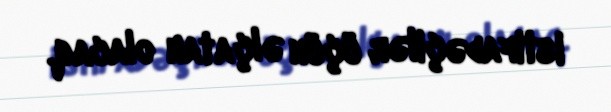
istifadəçilər üçün əlçatan olacaq.